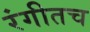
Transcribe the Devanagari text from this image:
रंगीतच